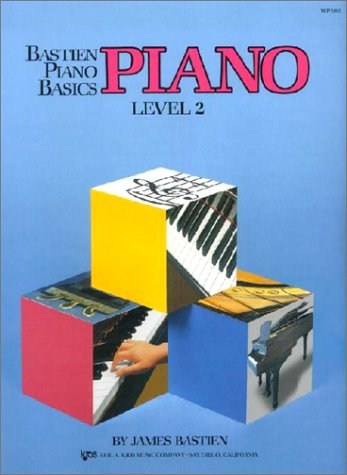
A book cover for Bastien Piano Basics Piano Level 2; James Bastien; Arts & Photography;